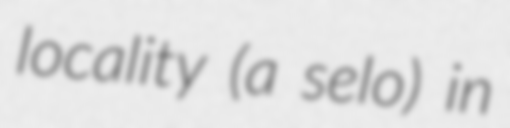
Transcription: locality (a selo) in